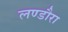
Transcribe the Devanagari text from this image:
लण्डौरा